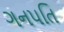
ગનપતિ